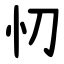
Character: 忉